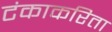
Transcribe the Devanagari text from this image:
टंकाकरिता